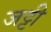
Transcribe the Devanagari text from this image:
जट्टी